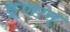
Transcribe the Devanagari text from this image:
हूणान्‌